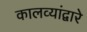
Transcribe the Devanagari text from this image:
कालव्यांद्वारे